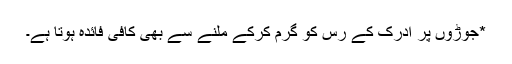
*جوڑوں پر ادرک کے رس کو گرم کرکے مَلنے سے بھی کافی فائدہ ہوتا ہے۔